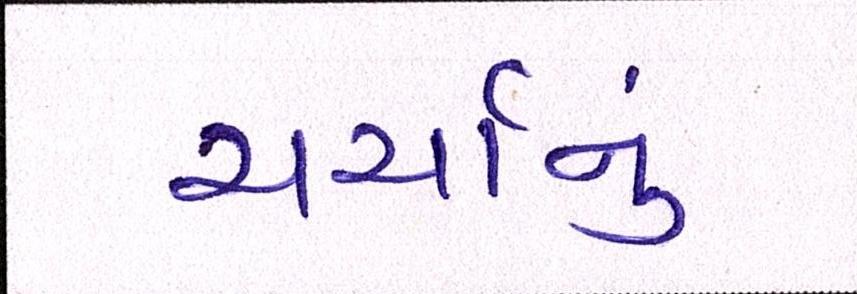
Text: ચર્ચાનું